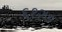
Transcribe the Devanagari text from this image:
६१२७